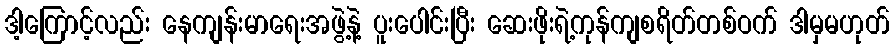
ဒါ့ကြောင့်လည်း နေကျန်းမာရေးအဖွဲ့နဲ့ ပူးပေါင်းပြီး ဆေးဖိုးရဲ့ကုန်ကျစရိတ်တစ်ဝက် ဒါမှမဟုတ်